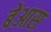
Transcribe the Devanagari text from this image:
बेआस